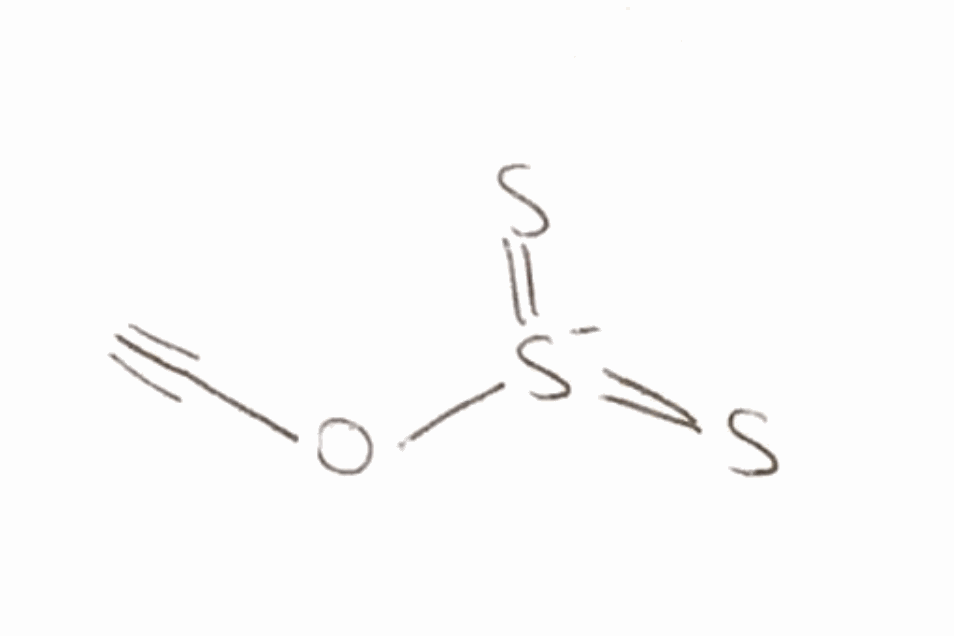
Simplified molecular-input line-entry system (SMILES) notation of the given molecule:
C#CO[S-](=S)=S